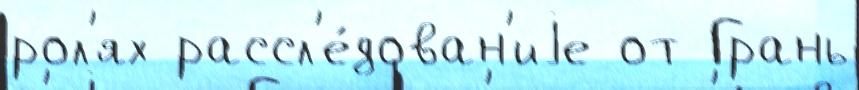
рол'ях рассл'е́дован'иjе от Грань